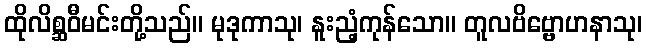
ထိုလိစ္ဆဝီမင်းတို့သည်။ မုဒုကာသု၊ နူးညံ့ကုန်သော။ တူလဗိဗ္ဗောဟနာသု၊